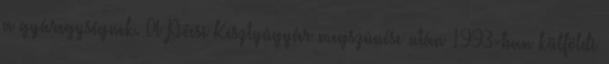
a gyáregységnek. A Pécsi Kesztyûgyár megszûnése után 1993-ban külföldi